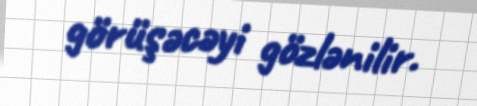
görüşəcəyi gözlənilir.